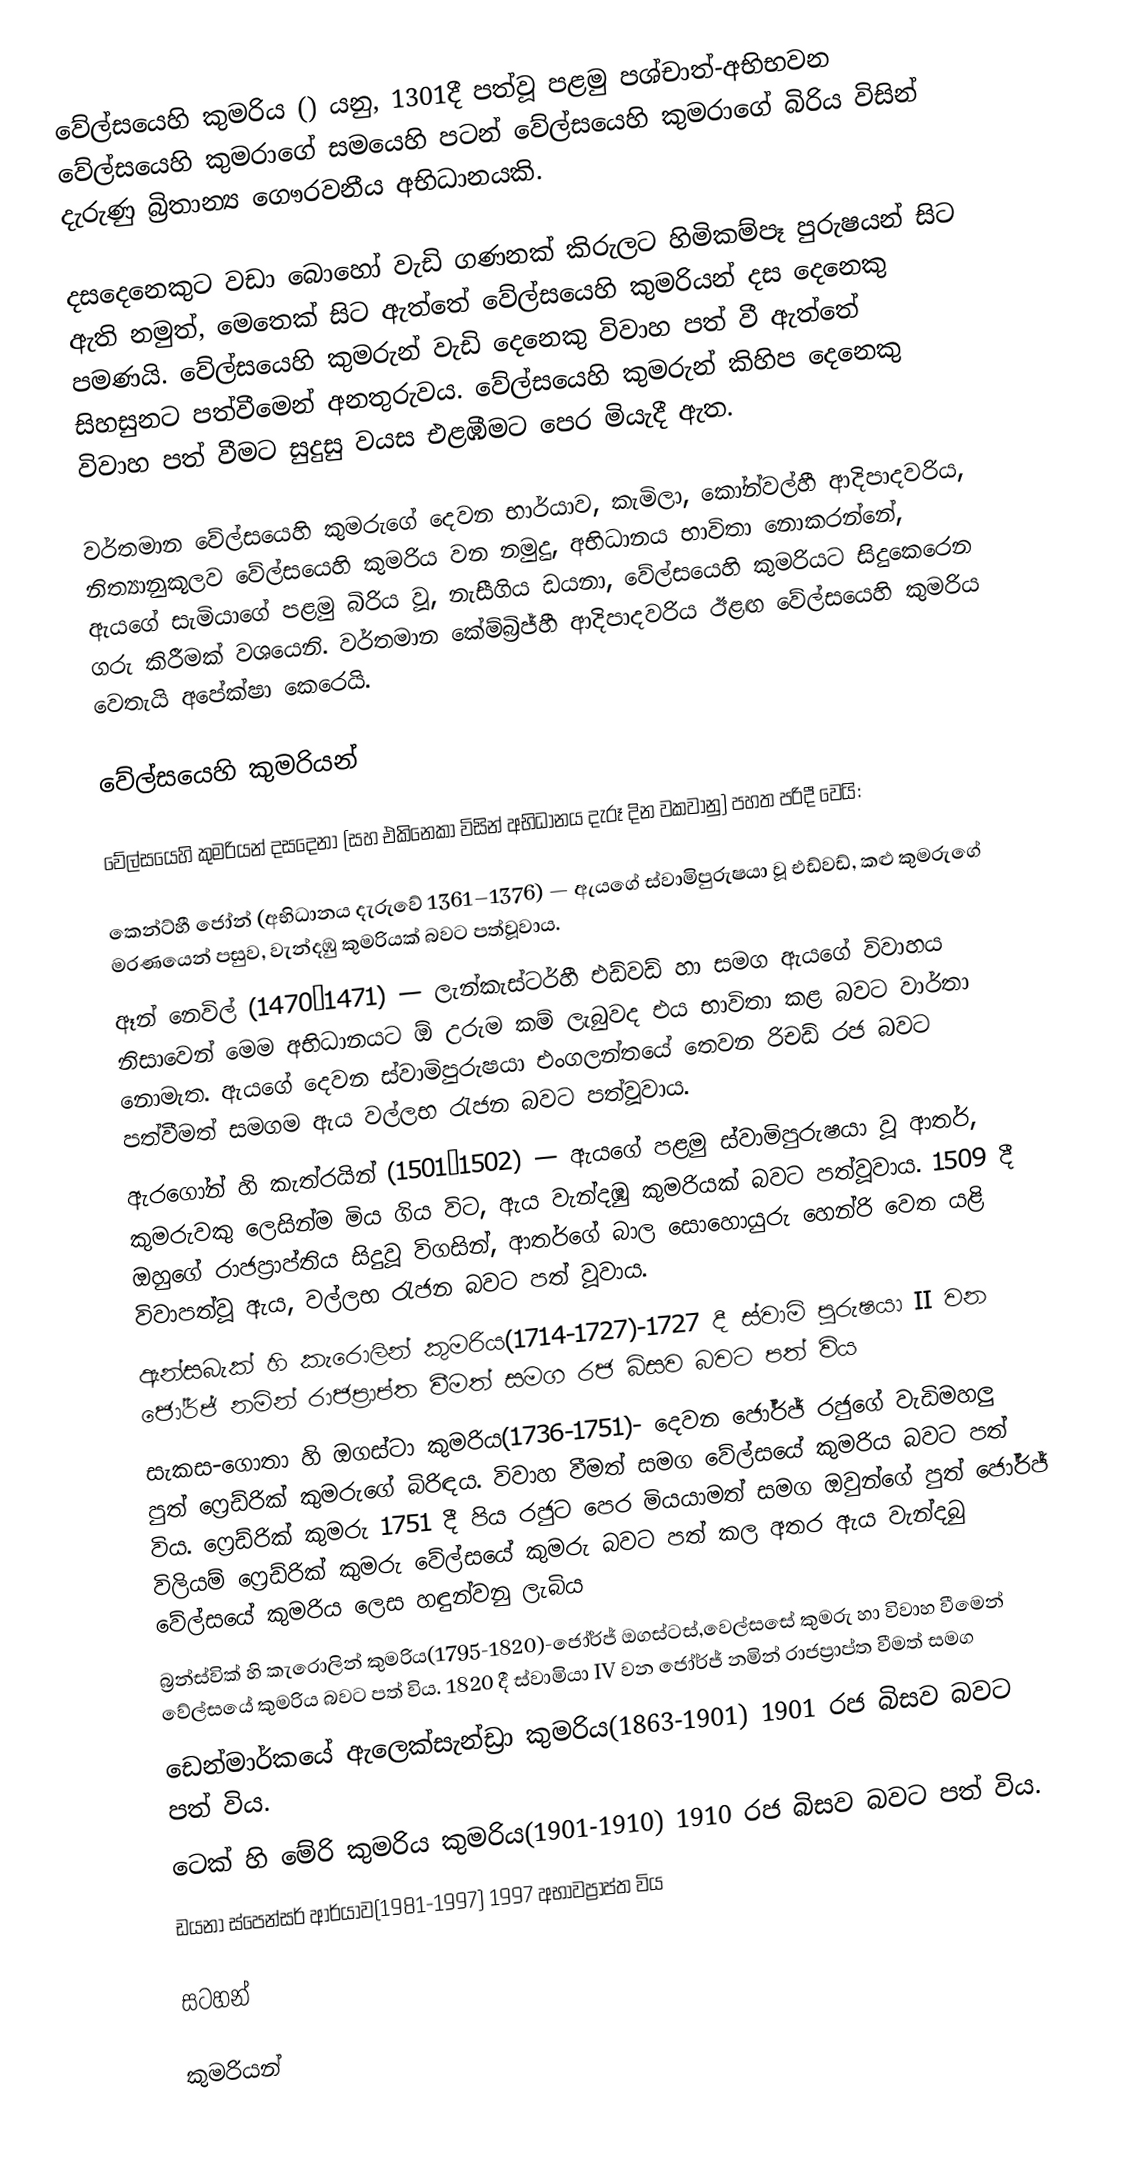
වේල්සයෙහි කුමරිය () යනු, 1301දී පත්වූ පළමු පශ්චාත්-අභිභවන වේල්සයෙහි කුමරාගේ සමයෙහි පටන් වේල්සයෙහි කුමරාගේ බිරිය විසින් දැරුණු බ්‍රිතාන්‍ය ගෞරවනීය අභිධානයකි.

දසදෙනෙකුට වඩා බොහෝ වැඩි ගණනක් කිරුලට හිමිකම්පෑ පුරුෂයන් සි‍ට ඇති නමුත්, මෙතෙක් සිට ඇත්තේ  වේල්සයෙහි කුමරියන් දස දෙනෙකු පමණයි.   වේල්සයෙහි කුමරුන් වැඩි දෙනෙකු විවාහ පත් වී ඇත්තේ සිහසුනට පත්වීමෙන් අනතුරුවය.  වේල්සයෙහි කුමරුන්  කිහිප දෙනෙකු විවාහ පත් වීමට සුදුසු වයස එළඹීමට පෙර මියැදී ඇත.

වර්තමාන වේල්සයෙහි කුමරුගේ දෙවන භාර්යාව, කැමිලා, කෝන්වල්හී ආදිපාදවරිය, නිත්‍යානුකූලව වේල්සයෙහි කුමරිය වන නමුදු, අභිධානය භාවිතා නොකරන්නේ, ඇයගේ සැමියාගේ පළමු බිරිය වූ, නැසීගිය ඩයනා, වේල්සයෙහි කුමරියට සිදුකෙරෙන ගරු කිරීමක් වශයෙනි. වර්තමාන කේම්බ්‍රිජ්හී ආදිපාදවරිය ඊළඟ වේල්සයෙහි කුමරිය වෙතැයි අපේක්ෂා කෙරෙයි.

වේල්සයෙහි කුමරියන්

වේල්සයෙහි කුමරියන් දසදෙනා (සහ එකිනෙකා විසින් අභිධානය දැරූ දින වකවානු) පහත පරිදී වෙයි:

 කෙන්ට්හී ජෝන් (අභිධානය දැරුවේ 1361–1376) — ඇයගේ ස්වාමිපුරුෂයා වූ  එඩ්වඩ්, කළු කුමරුගේ මරණයෙන් පසුව, වැන්දඹු කුමරියක් බවට පත්වූවාය.
 ඈන් නෙවිල් (1470–1471) — ලැන්කැස්ටර්හී එඩ්වඩ් හා සමග ඇයගේ විවාහය නිසාවෙන් මෙම අභිධානයට ඕ උරුම කම් ලැබුවද එය භාවිතා කළ බවට වාර්තා නොමැත. ඇයගේ දෙවන ස්වාමිපුරුෂයා එංගලන්තයේ තෙවන රිචඩ් රජ බවට පත්වීමත් සමගම ඇය වල්ලභ රැජන බවට පත්වූවාය.
 ඇරගෝන් හි කැත්රයින් (1501–1502) — ඇයගේ පළමු ස්වාමිපුරුෂයා වූ ආතර්, කුමරුවකු ලෙසින්ම මිය ගිය විට, ඇය වැන්දඹු කුමරියක් බවට පත්වූවාය. 1509 දී ඔහුගේ රාජප්‍රාප්තිය සිදුවූ විගසින්, ආතර්ගේ බාල සොහොයුරු හෙන්රි වෙත යළි විවාපත්වූ ඇය, වල්ලභ රැජන බවට පත් වූවාය.
ඇන්සබැක් හි කැරොලින් කුමරිය(1714-1727)-1727 දී ස්වාමි පුරුෂයා II වන ජෝර්ජ් නමින් රාජප්‍රාප්ත වීමත් සමග රජ බිසව බවට පත් විය
සැකස-ගොතා හි ඔගස්ටා කුමරිය(1736-1751)- දෙවන ජෝර්ජ් රජුගේ වැඩිමහලු පුත් ෆ්‍රෙඩ්රික් කුමරුගේ බිරිඳය. විවාහ වීමත් සමග වේල්සයේ කුමරිය බවට පත් විය. ෆ්‍රෙඩ්රික් කුමරු 1751 දී පිය රජුට පෙර මියයාමත් සමග ඔවුන්ගේ පුත් ජෝර්ජ් විලියම් ෆ්‍රෙඩ්රික් කුමරු වේල්සයේ කුමරු බවට පත් කල අතර ඇය වැන්දබු වේල්සයේ කුමරිය ලෙස හඳුන්වනු ලැබිය
බ්‍රන්ස්වික් හි කැරොලින් කුමරිය(1795-1820)-ජෝර්ජ් ඔගස්ටස්,වෙල්සසේ කුමරු හා විවාහ වීමෙන් වේල්සයේ කුමරිය බවට පත් විය. 1820 දී ස්වාමියා IV වන ජෝර්ජ් නමින් රාජප්‍රාප්ත වීමත් සමග
ඩෙන්මාර්කයේ ඇලෙක්සැන්ඩ්‍රා කුමරිය(1863-1901) 1901 රජ බිසව බවට පත් විය.
ටෙක් හි මේරි කුමරිය කුමරිය(1901-1910) 1910 රජ බිසව බවට පත් විය.
ඩයනා ස්පෙන්සර් ආර්යාව(1981-1997) 1997 අභාවප්‍රාප්ත විය

සටහන්

කුමරියන්